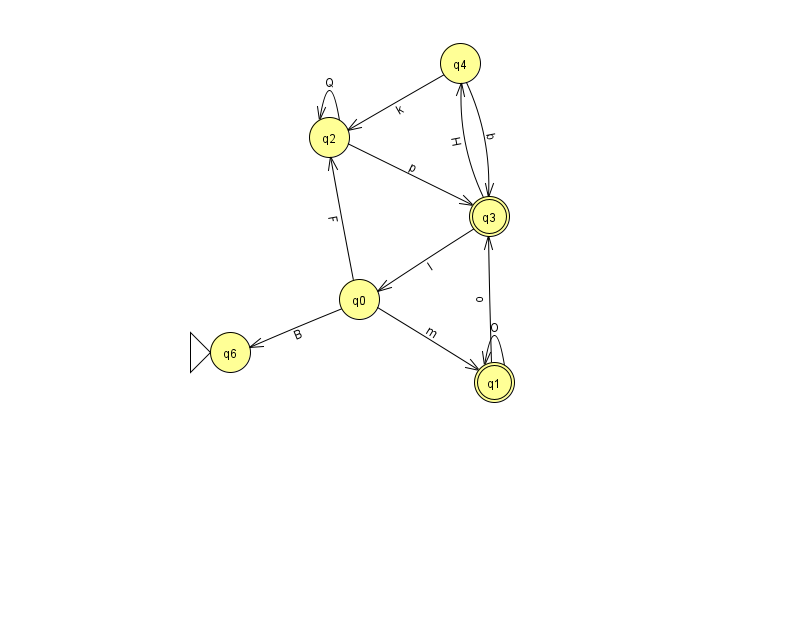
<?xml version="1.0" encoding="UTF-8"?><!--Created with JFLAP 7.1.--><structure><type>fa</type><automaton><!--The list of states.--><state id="0" name="q0"><x>359.0</x><y>286.0</y></state><state id="1" name="q1"><x>494.0</x><y>369.0</y><final/></state><state id="2" name="q2"><x>329.0</x><y>124.0</y></state><state id="3" name="q3"><x>489.0</x><y>203.0</y><final/></state><state id="4" name="q4"><x>460.0</x><y>50.0</y></state><state id="6" name="q6"><x>230.0</x><y>339.0</y><initial/></state><!--The list of transitions.--><transition><from>0</from><to>1</to><read>m</read></transition><transition><from>2</from><to>2</to><read>Q</read></transition><transition><from>4</from><to>2</to><read>k</read></transition><transition><from>4</from><to>3</to><read>b</read></transition><transition><from>3</from><to>0</to><read>I</read></transition><transition><from>0</from><to>2</to><read>F</read></transition><transition><from>0</from><to>6</to><read>B</read></transition><transition><from>2</from><to>3</to><read>p</read></transition><transition><from>3</from><to>4</to><read>H</read></transition><transition><from>1</from><to>1</to><read>O</read></transition><transition><from>1</from><to>3</to><read>o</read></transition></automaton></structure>